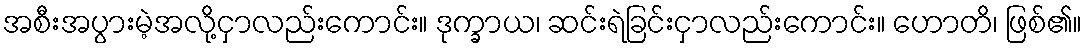
အစီးအပွားမဲ့အလို့ငှာလည်းကောင်း။ ဒုက္ခာယ၊ ဆင်းရဲခြင်းငှာလည်းကောင်း။ ဟောတိ၊ ဖြစ်၏။